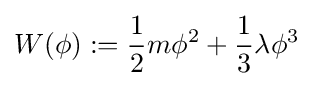
W(\phi ):={\frac {1}{2}}m\phi ^{2}+{\frac {1}{3}}\lambda \phi ^{3}